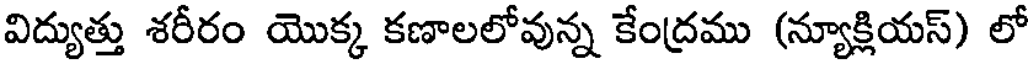
విద్యుత్తు శరీరం యొక్క కణాలలోవున్న కేంద్రము (న్యూక్లియస్) లో